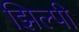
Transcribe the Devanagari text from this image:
झिल्पी